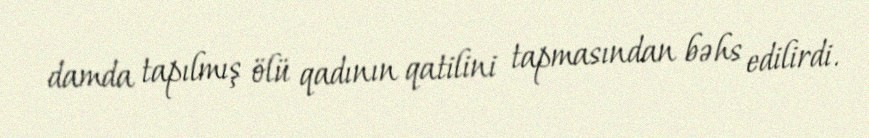
damda tapılmış ölü qadının qatilini tapmasından bəhs edilirdi.